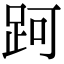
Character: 跒